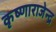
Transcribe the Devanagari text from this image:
कृष्णाराजेन्द्र